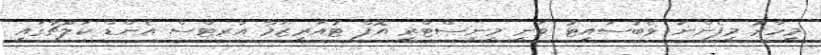
މިހާރު މިފެންނަ ވެބުސައިޓު ވަނީ މިނިސްޓްރީ އޮފް ޓުއަރިޒަމް އާރޓްސް އެންޑް ކަލްޗާގައި